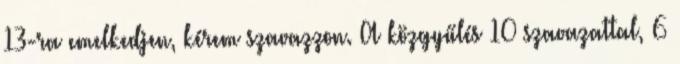
13-ra emelkedjen, kérem szavazzon. A közgyűlés 10 szavazattal, 6